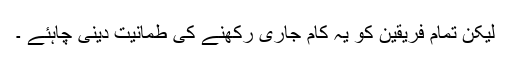
لیکن تمام فریقین کو یہ کام جاری رکھنے کی طمانیت دینی چاہئے ۔